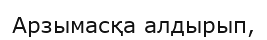
Арзымасқа алдырып,